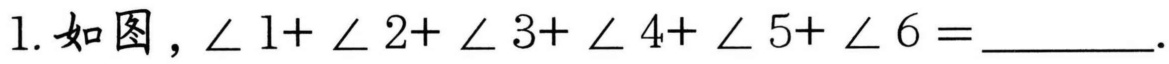
1. 如图，\(\angle 1+\angle 2+\angle 3+\angle 4+\angle 5+\angle 6=\)________．